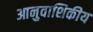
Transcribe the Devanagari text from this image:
आनुवाशिकीय